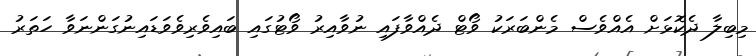
މިބިލާ ދެކޮޅަށް އެއްވެސް މެންބަރަކު ވޯޓް ދެއްވާފައި ނުވާއިރު ވޯޓުގައި ބައިވެރިވެވަޑައިނުގަންނަވާ ހަތަރު